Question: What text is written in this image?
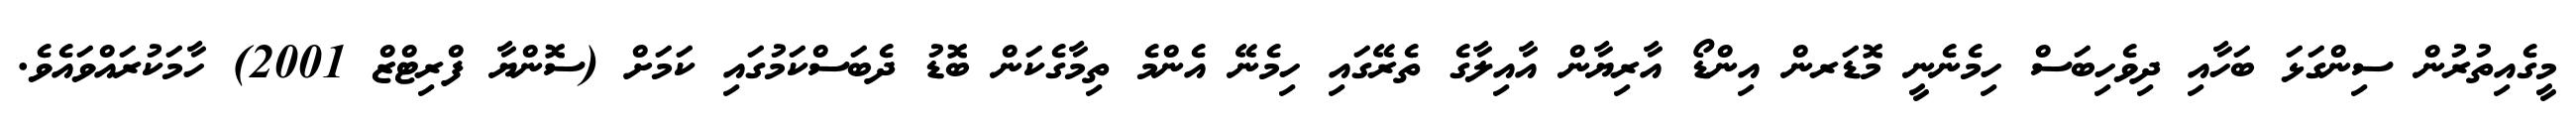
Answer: މީގެއިތުރުން ސިންގަޅަ ބަހާއި ދިވެހިބަސް ހިމެނެނީ މޮޑަރން އިންޑޯ އާރިޔާން އާއިލާގެ ތެރޭގައި ހިމެނޭ އެންމެ ތިމާގެކަން ބޮޑު ދެބަސްކަމުގައި ކަމަށް (ސޮންޔާ ފްރިޓްޒް 2001) ހާމަކުރައްވައެވެ.